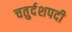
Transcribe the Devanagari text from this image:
चतुर्दशपदी